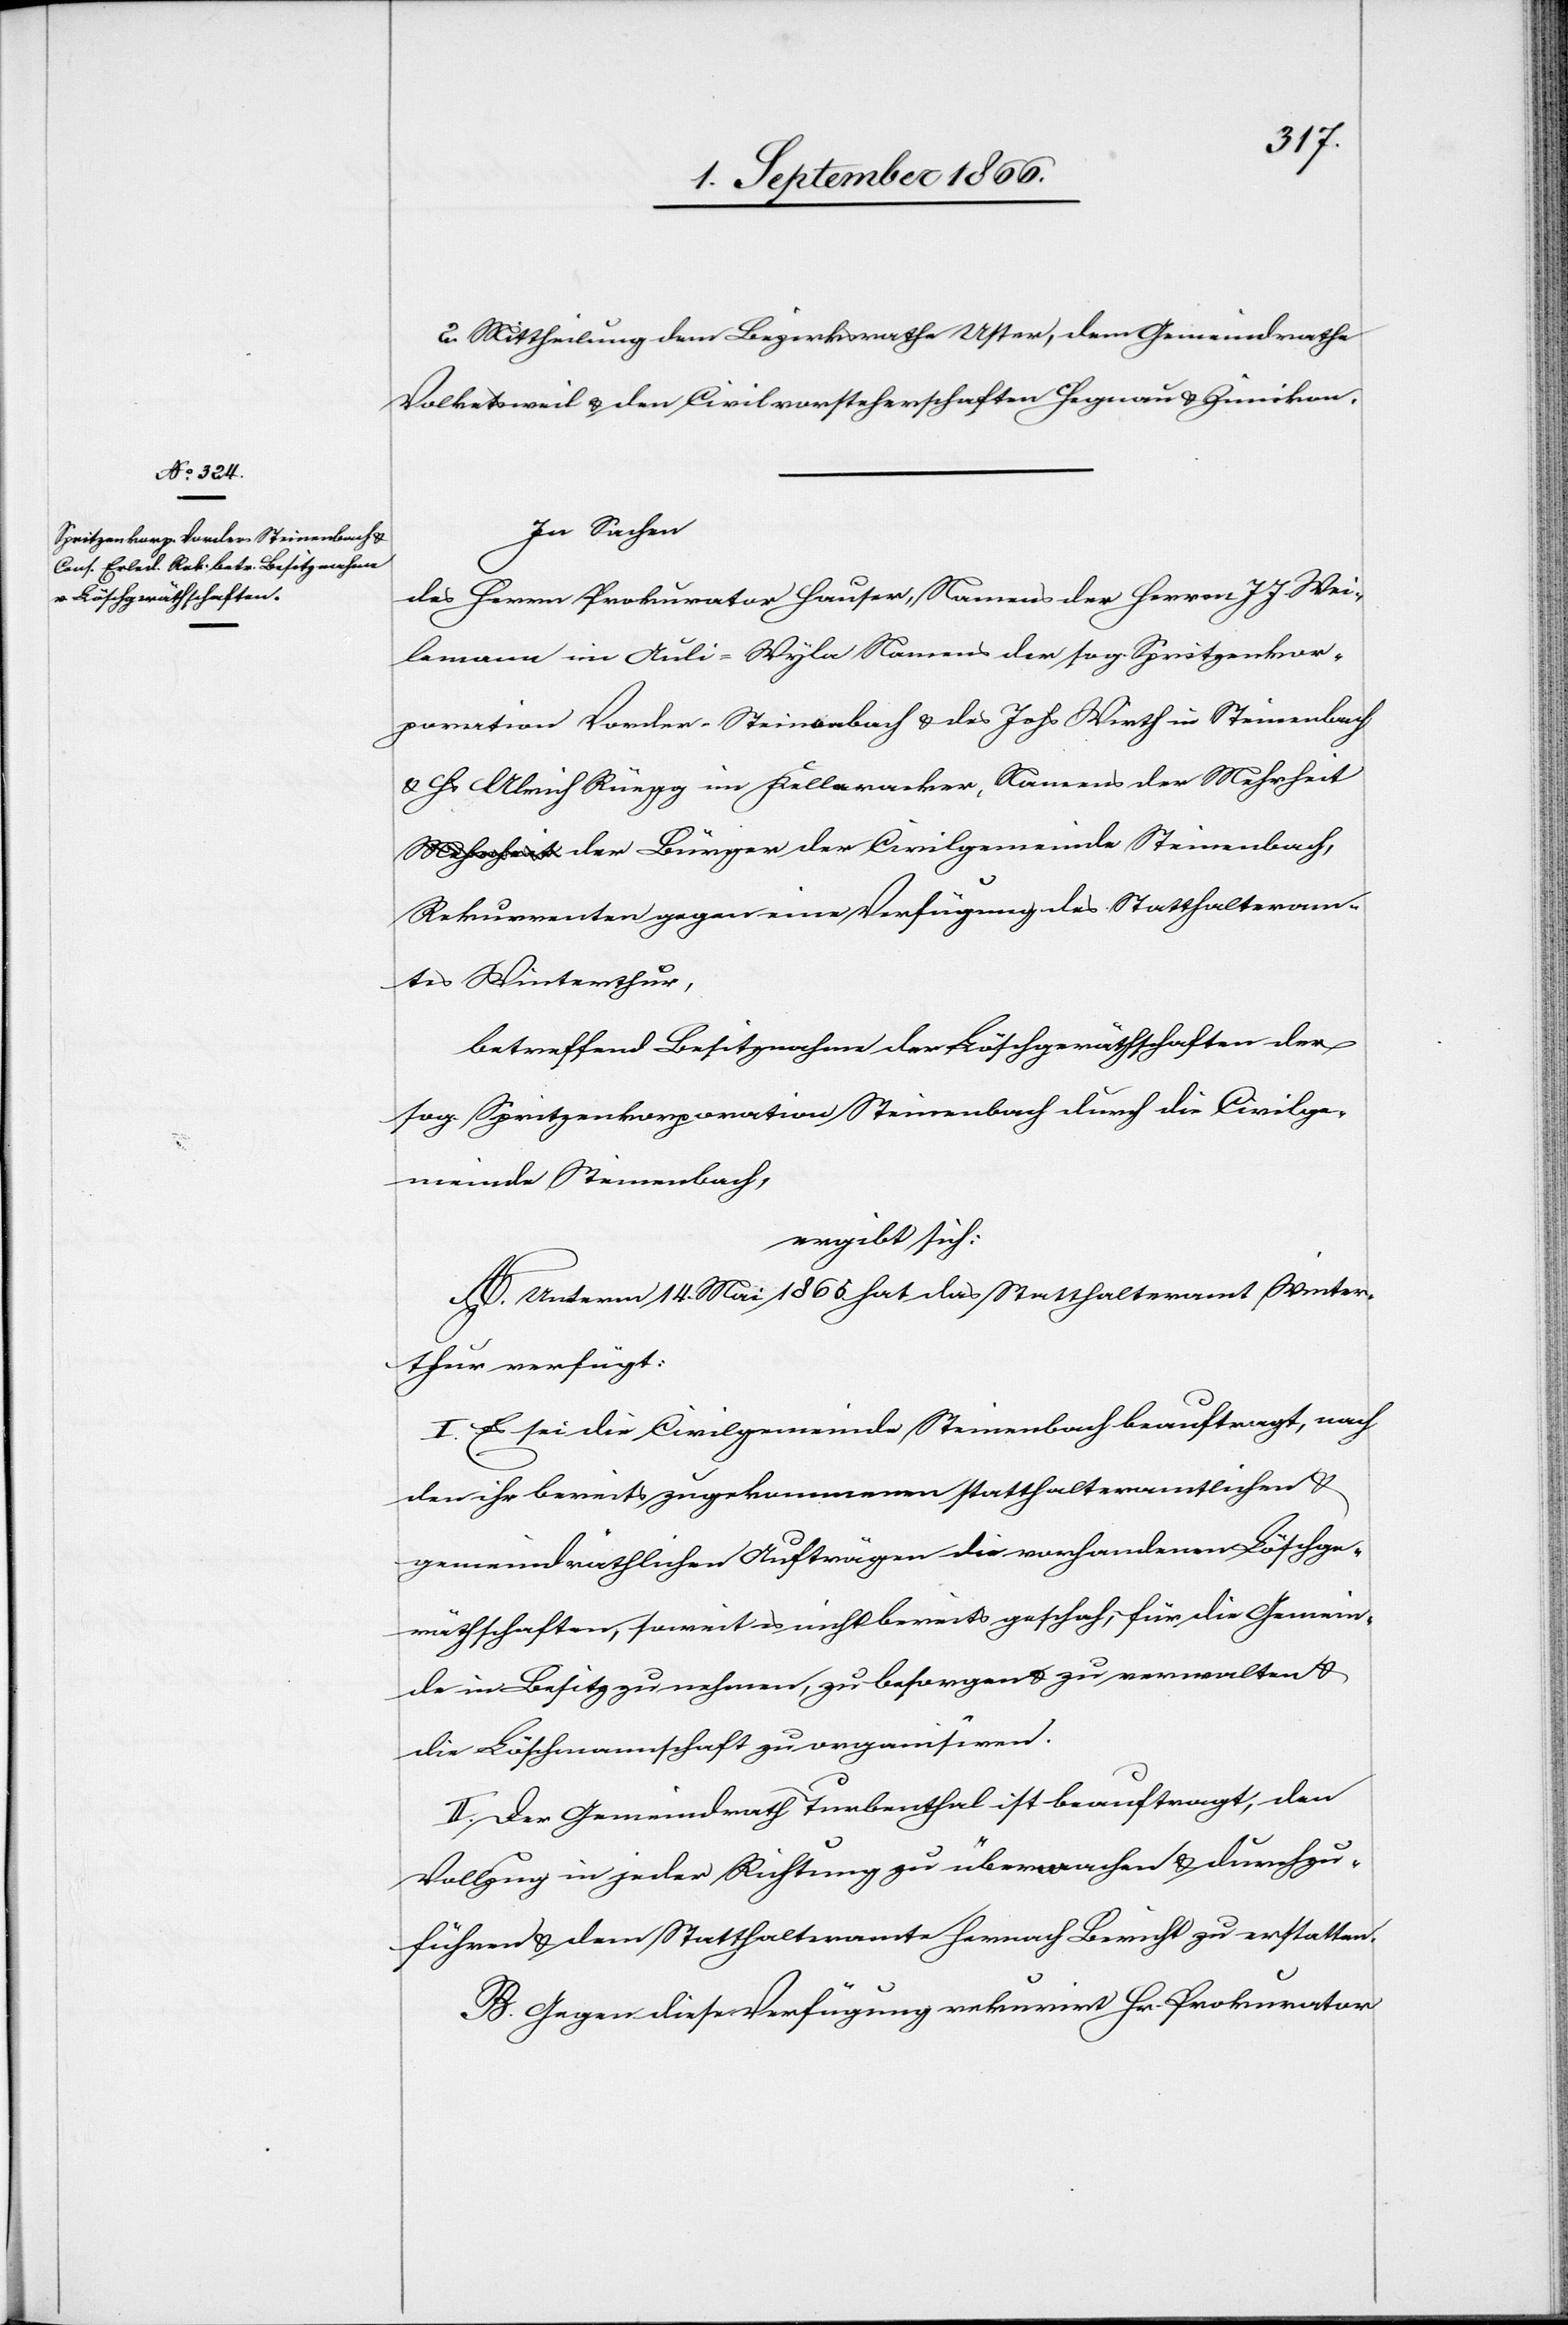
2. Mittheilung dem Bezirksrathe Uster, dem Gemeindrathe
Volketsweil u. den Civilvorsteherschaften Hagenau u. Zimikon.
In Sachen
des Herrn Prokurator Hauser, Namens der Herren J. J. Wei¬
lemann im Auli-Wyla Namens der sog. Spritzenkor¬
poration Vorder-Steinenbach u. des Johs. Wirth in Steinenbach
u. Hs. Ulrich Rüegg im Kelleracker, Namens der Mehrheit
der Bürger der Civilgemeinde Steinenbach,
Rekurrenten gegen eine Verfügung des Statthalteram¬
tes Winterthur,
betreffend Besitznahme der Löschgeräthschaften der
sog. Spritzenkorporation Steinenbach durch die Civilge¬
meinde Steinenbach,
ergibt sich:
A. Unterm 14. Mai 1865 hat das Statthalteramt Winter¬
thur verfügt:
I. Es sei die Civilgemeinde Steinenbach beauftragt, nach
den ihr bereits zugekommenen statthalteramtlichen u.
gemeindräthlichen Aufträgen die vorhandenen Löschge¬
räthschaften, soweit es nicht bereits geschehen, für die Gemein¬
de in Besitz zu nehmen, zu besorgen u. zu verwalten u.
die Löschmannschaft zu organisiren.
II. Der Gemeindrath Turbenthal ist beauftragt, den
Vollzug in jeder Richtung zu übernehmen u. durchzu¬
führen u. dem Statthalteramte hernach Bericht zu erstatten.
B. Gegen diese Verfügung rekurrirt Hr. Prokurator